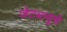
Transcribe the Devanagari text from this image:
जेटब्ल्यूचे